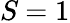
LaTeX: \textit{S}=1